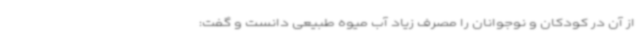
از آن در کودکان و نوجوانان را مصرف زیاد آب میوه طبیعی دانست و گفت: